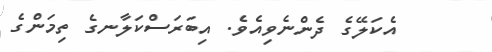
އެކަލޭގެ ދެންނެވިއެވެ. އިބަރަސްކަލާނގެ ތިމަންގެ